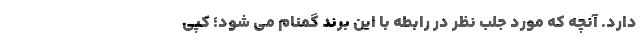
دارد. آنچه که مورد جلب نظر در رابطه با این برند گمنام می شود؛ کپی